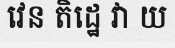
វេន តិដ្ឋេ វា យ